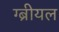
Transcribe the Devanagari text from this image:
ग्ब्रीयल